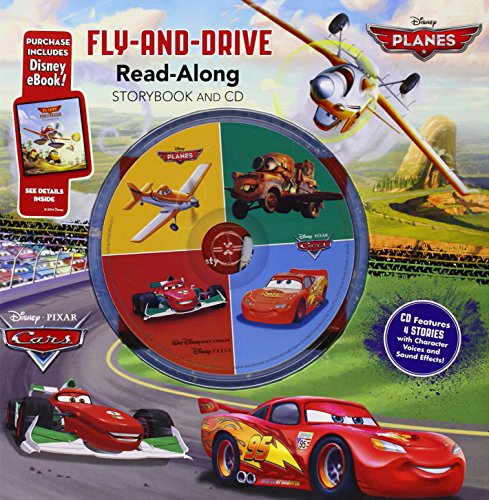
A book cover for Cars / Planes: Fly-and-Drive Read-Along Storybook and CD: Purchase Includes Disney eBook!: CD Features 4 Stories with Character Voices and Sound Effects!; Disney Book Group; Children's Books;